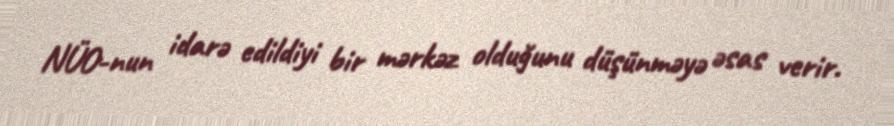
NÜO-nun idarə edildiyi bir mərkəz olduğunu düşünməyə əsas verir.